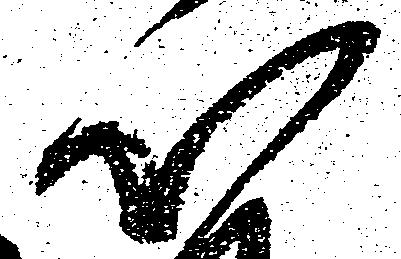
以